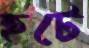
হটে